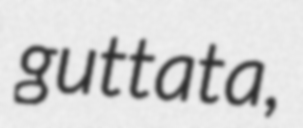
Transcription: guttata,